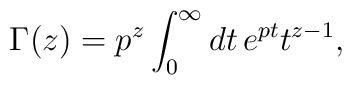
\Gamma (z) = p^z \int_0^{\infty} dt \, e^{pt} t^{z-1},